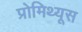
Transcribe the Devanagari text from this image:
प्रोमिथ्यूस